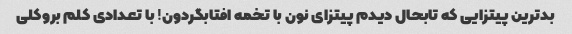
بدترین پیتزایی که تابحال دیدم پیتزای نون با تخمه افتابگردون! با تعدادی کلم بروکلی